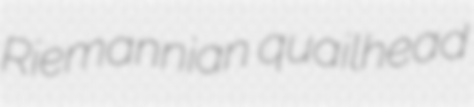
Riemannian quailhead